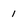
Character: i